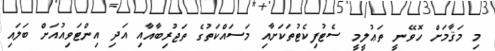
މި މަޤާމަށް ހޮވޭނީ ތަޢުލީމީ ސެޓުފިކެޓުތަކަށާއި މަސައްކަތުގެ ތަޖުރިބާއާއި އަދި އިންޓަވިއުއަށް ބަލައިި